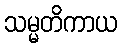
သမ္မတိကာယ